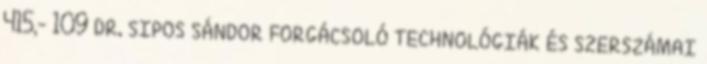
415,- 109 DR. SIPOS SÁNDOR FORGÁCSOLÓ TECHNOLÓGIÁK ÉS SZERSZÁMAI